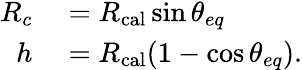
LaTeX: \begin{array}{rl}{R_{c}}&{{}=R_{\mathrm{cal}}\sin\theta_{eq}}\\ {h}&{{}=R_{\mathrm{cal}}(1-\cos\theta_{eq}).}\end{array}